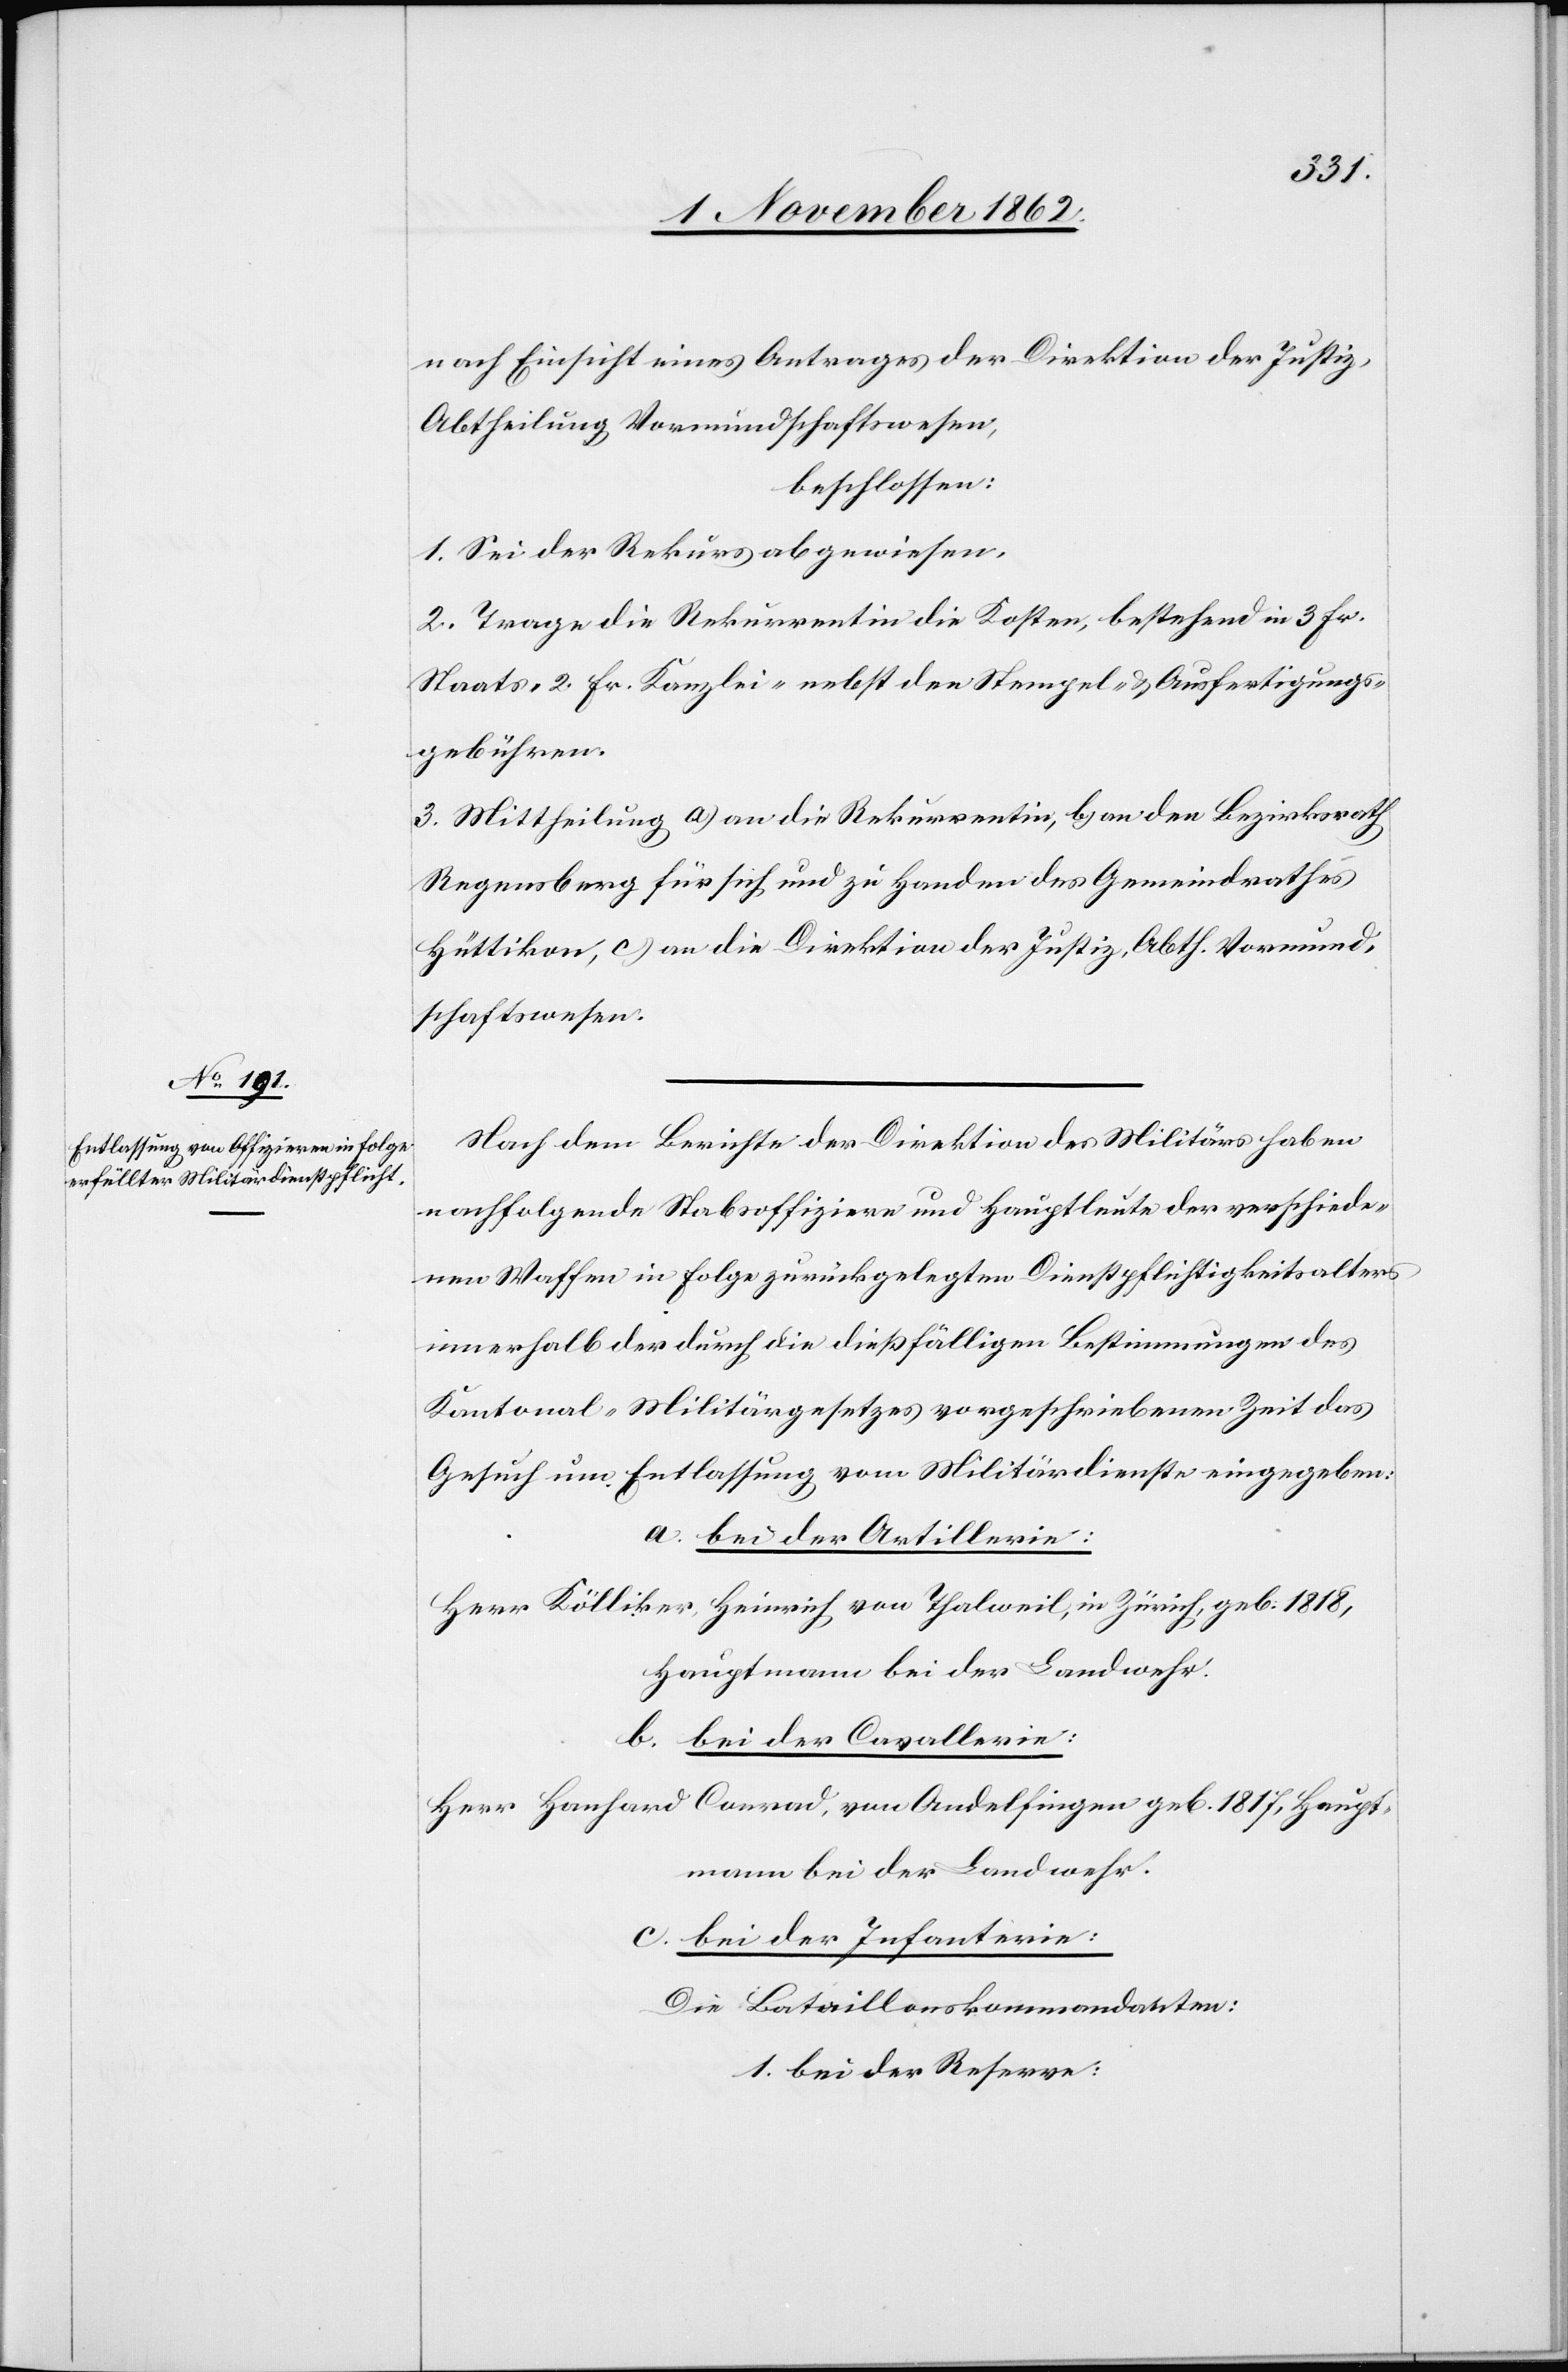
nach Einsicht eines Antrages der Direktion der Justiz,
Abtheilung Vormundschaftswesen,
beschlossen:
1. Sei der Rekurs abgewiesen.
2. Trage die Rekurrentin die Kosten, bestehend in 3 Fr.
Staats-[,] 2 Fr. Kanzlei- nebst den Stempel- u. Ausfertigungs¬
gebühren.
3. Mittheilung a) an die Rekurrentin, b) an den Bezirksrath
Regensberg für sich und zu Handen des Gemeindrathes
Hüttikon, c) an die Direktion der Justiz, Abth. Vormund¬
schaftswesen.
Nach dem Berichte der Direktion des Militärs haben
nachfolgende Stabsoffiziere und Hauptleute der verschied¬
nen Waffen in Folge zurückgelegten Dienstpflichtigkeitsalters
innerhalb der durch die dießfälligen Bestimmungen des
Kantonal-Militärgesetzes vorgeschriebenen Zeit das
Gesuch um Entlassung vom Militärdienste eingegeben:
a. bei der Artillerie:
Herr Kölliker, Heinrich von Thalweil, in Zürich geb. 1818,
Hauptmann bei der Landwehr.
b. bei der Cavallerie:
Herr Hanhard Conrad, von Andelfingen geb. 1817, Haupt¬
mann bei der Landwehr.
c. bei der Infanterie:
Der Bataillonskommandanten:
1. bei der Reserve: